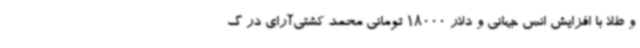
و طلا با افزایش انس جهانی و دلار 18000 تومانی محمد کشتی‌آرای در گ